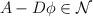
LaTeX: \begin{align*}A-D\phi\in \mathcal N\end{align*}